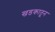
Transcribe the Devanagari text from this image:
खडकातून